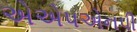
એએપએનપી